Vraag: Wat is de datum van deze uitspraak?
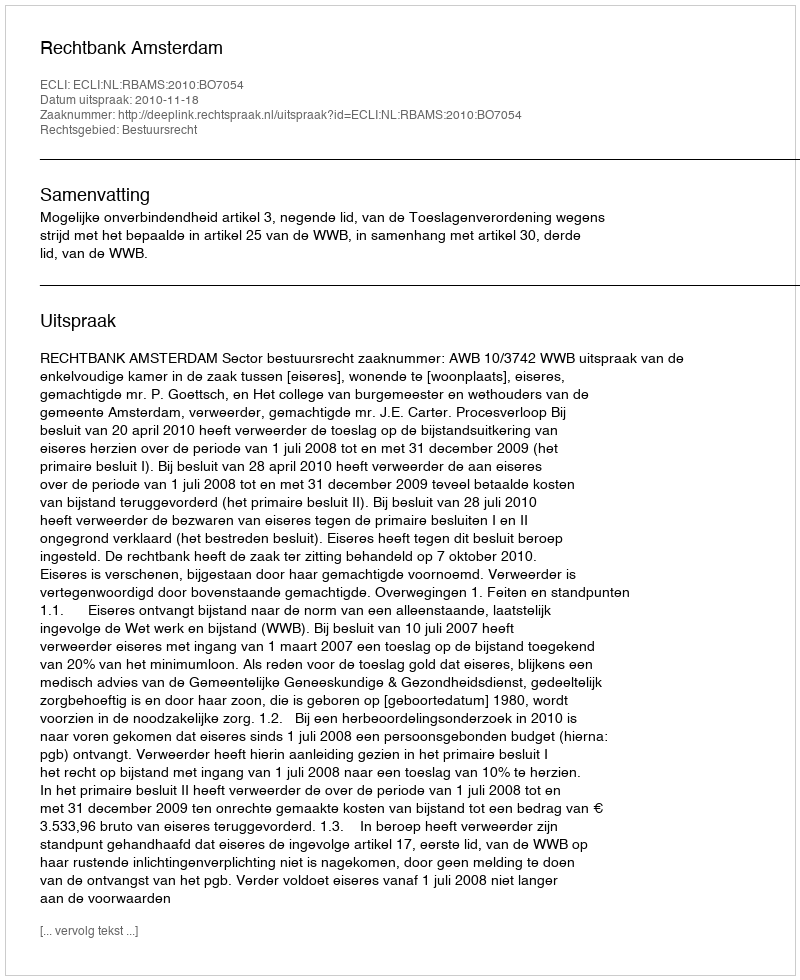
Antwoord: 2010-11-18